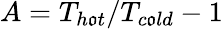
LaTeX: A=T_{h\mathfrak{o}t}/T_{c\mathfrak{o}ld}-1